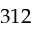
3 1 2